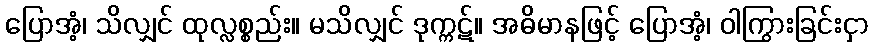
ပြောအံ့၊ သိလျှင် ထုလ္လစ္စည်း။ မသိလျှင် ဒုက္ကဋ်။ အဓိမာနဖြင့် ပြောအံ့၊ ဝါကြွားခြင်းငှာ